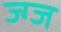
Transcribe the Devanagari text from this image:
ज्ग्ज